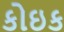
કોઇક